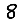
Digit: 8